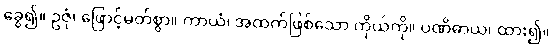
ခွေ၍။ ဥဇုံ၊ ဖြောင့်မတ်စွာ။ ကာယံ၊ အထက်ဖြစ်သော ကိုယ်ကို။ ပဏိဓာယ၊ ထား၍။